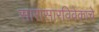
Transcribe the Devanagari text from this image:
सारासारविवेकाचे